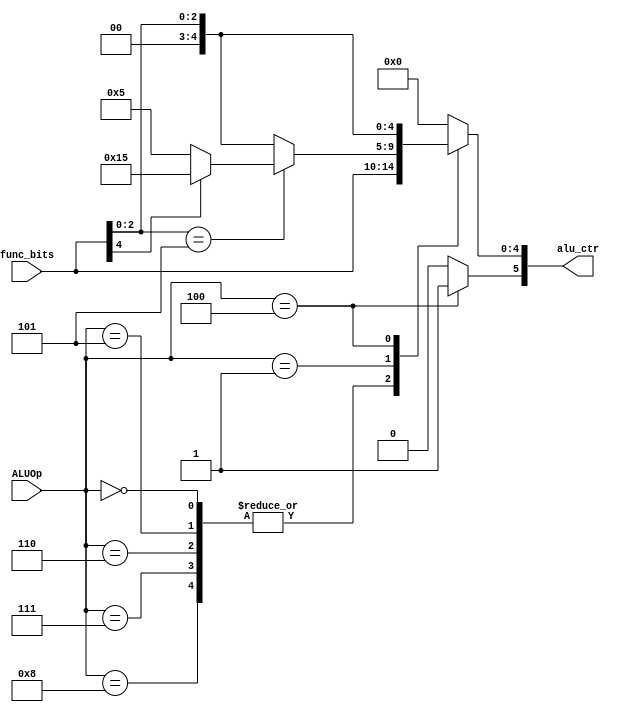
`timescale 1ns / 1ps
//////////////////////////////////////////////////////////////////////////////////
// Company: 
// Engineer: 
// 
// Design Name: 
// Module Name: ALU_control
// Project Name: 
// Target Devices: 
// Tool Versions: 
// Description: 
// 
// Dependencies: 
// 
// Revision:
// Revision 0.01 - File Created
// Additional Comments:
// 
//////////////////////////////////////////////////////////////////////////////////

module ALU_control(
    input  [3:0] ALUOp,
    input  [4:0] func_bits,
    output [5:0] alu_ctr    
);   
    reg [4:0] func;
    assign alu_ctr[5] = (ALUOp == 4'b0100) ? 1'b1 : 1'b0;
    
    always @ (ALUOp, func_bits) begin
        case (ALUOp)
            4'b0000,
            4'b0101,
            4'b0110,
            4'b0111,
            4'b1000: func = func_bits;
            4'b0001: begin
                if (func_bits[2:0] == 3'b101) begin //shift right
                    if (func_bits[4] == 1'b1) begin
                        func = 5'b10101;
                    end else begin
                        func = 5'b00101;
                    end
                end else begin
                    func = {2'b00, func_bits[2:0]};    
                end
            end
            4'b0100: func = {2'b00, func_bits[2:0]};
            4'b0010,
            4'b0011,
            4'b1001: func = 5'b00000;
            default: func = 5'b00000;
        endcase
    end
    assign alu_ctr[4:0] = func; 
endmodule